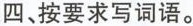
四、按要求写词语。